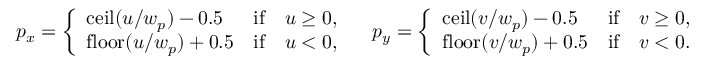
p _ { x } = \left\{ \begin{array} { l l } { \mathrm { c e i l } ( u / w _ { p } ) - 0 . 5 } & { \mathrm { i f } \quad u \geq 0 , } \\ { \mathrm { f l o o r } ( u / w _ { p } ) + 0 . 5 } & { \mathrm { i f } \quad u < 0 , } \end{array} \right. \quad p _ { y } = \left\{ \begin{array} { l l } { \mathrm { c e i l } ( v / w _ { p } ) - 0 . 5 } & { \mathrm { i f } \quad v \geq 0 , } \\ { \mathrm { f l o o r } ( v / w _ { p } ) + 0 . 5 } & { \mathrm { i f } \quad v < 0 . } \end{array} \right.